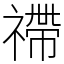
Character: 𥛣